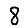
Digit: 8